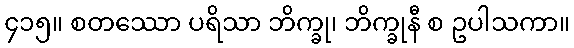
၄၁၅။ စတဿော ပရိသာ ဘိက္ခု၊ ဘိက္ခုနီ စ ဥပါသကာ။